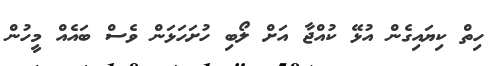
ހިތް ކިޔައިގެން އުޅޭ ކުއްޖާ އަށް ލޯބި ހުށަހަޅަން ވެސް ބައެއް މީހުން